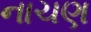
નાચણ